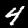
Digit: 4